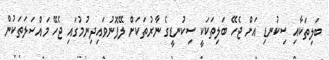
ބަލިތަކާއި ސިކުނޑި އަށް ޖެހޭ ބަލިތަކަކީ ސިކުނޑީގެ ނާރުތަކަށް ލޭފޮނުވައިދިނުމުގައި ޖެހޭ މައްސަލަތަކުން